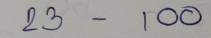
23 - 100